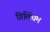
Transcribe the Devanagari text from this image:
गिलिंघम